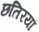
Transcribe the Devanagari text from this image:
छतिरयां